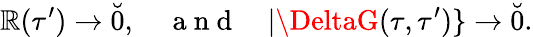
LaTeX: \mathbb{R}(\tau^{\prime})\to\breve{{0}},\quad\mathrm{{~a~n~d~}}\quad|\DeltaG(\tau,\tau^{\prime})\} \to\breve{{0}}.